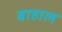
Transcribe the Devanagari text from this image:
बाहाल